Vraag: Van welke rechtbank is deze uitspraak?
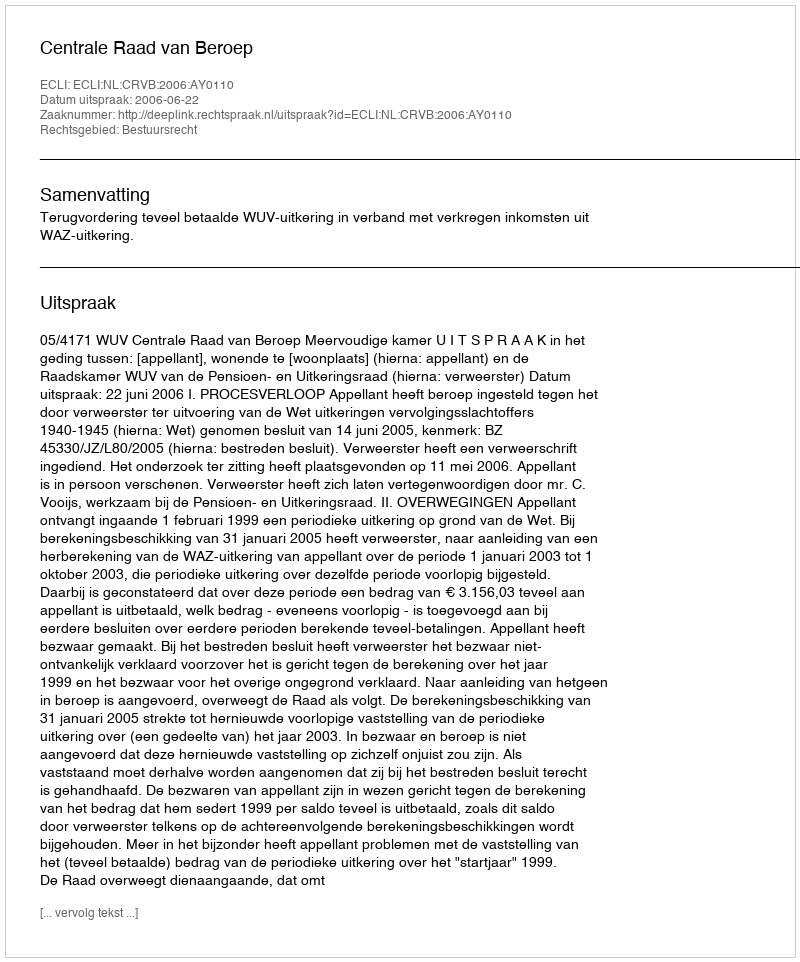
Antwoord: Centrale Raad van Beroep